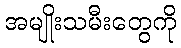
အမျိုးသမီးတွေကို